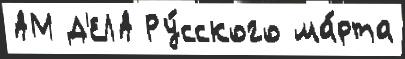
АМ Д'ЕЛА Ру́сского ма́рта